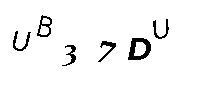
UB37DU